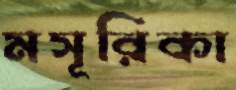
মসূরিকা